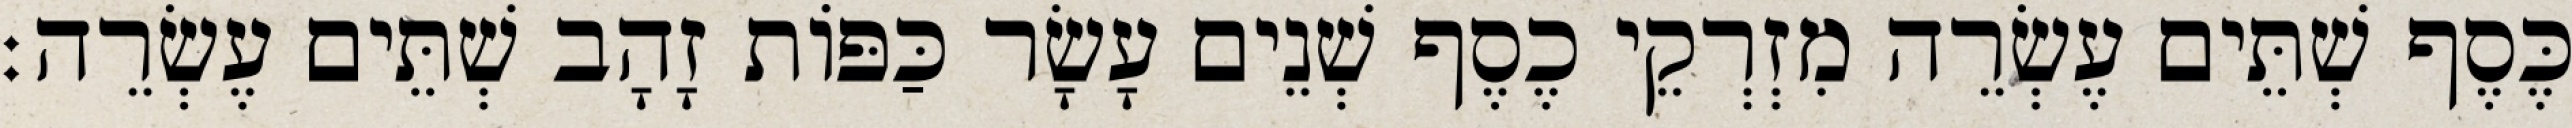
כֶּסֶף שְׁתֵּים עֶשְׂרֵה מִזְרְקֵי כֶסֶף שְׁנֵים עָשָׂר כַּפּוֹת זָהָב שְׁתֵּים עֶשְׂרֵה׃